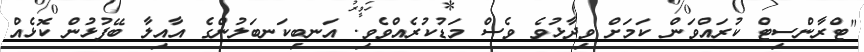
"ޓްރާންސިޓް ކުރައްވަން ކަމަށް ވިދާޅުވެ ވެސް މަޑުކުރެއްވެވި. އަނބިކަނބަލުންގެ އާއިލާ ބޭފުޅުން ކޮޅެއް